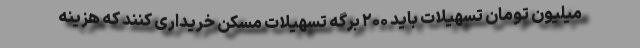
میلیون تومان تسهیلات باید ۲۰۰ برگه تسهیلات مسکن خریداری کنند که هزینه